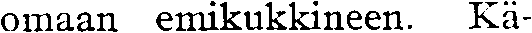
omaan emikukkineen. Kä-